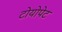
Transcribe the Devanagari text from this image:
टोयोपेट